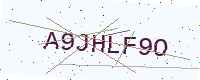
Text: A9JHLF9O